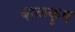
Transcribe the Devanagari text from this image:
बाळकुम